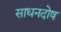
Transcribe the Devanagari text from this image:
साधनदोष